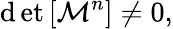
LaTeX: \operatorname*{\mathrm{d}et}\left[\mathcal{{M}}^{n}\right]\neq0,